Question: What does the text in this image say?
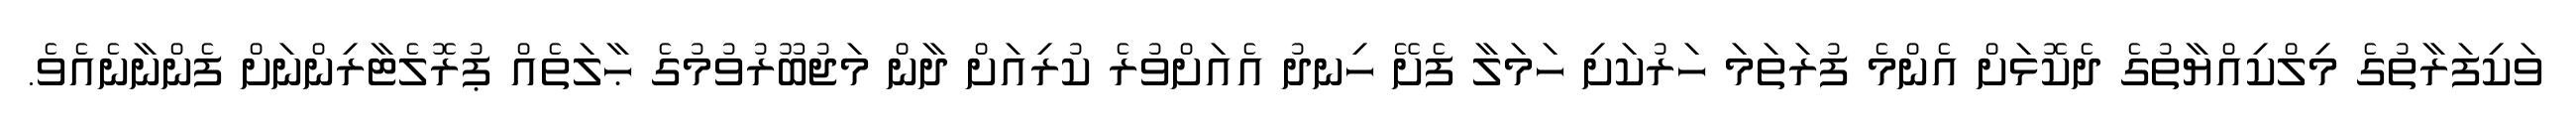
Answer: ވަކިފަރާތުގެ މިލްކިއްޔާތުގެ ދެކޮޅަށް އެންމެ ފުރަތަމަ ހަރުކަށި ހަމަލާ ފެށޭ ހިނދު އެއަށްވުރެ ކުރިއަށް ދާން މަޖުބޫރުވުމުގެ ޙާލަތެއް ޕުރޮލެޓާރިންނަށް ފެންނާނެއެވެ.